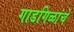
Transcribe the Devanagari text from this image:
गाडगिळांचे